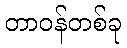
တာဝန်တစ်ခု